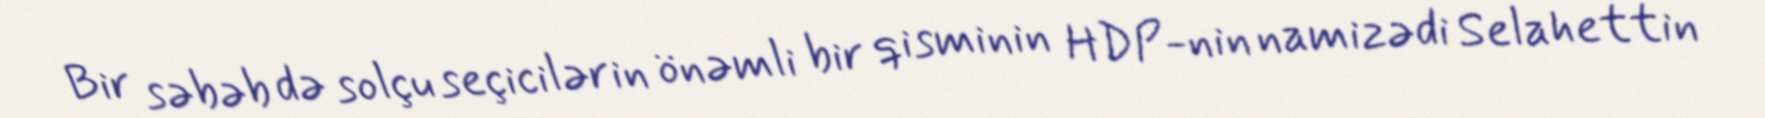
Bir səbəb də solçu seçicilərin önəmli bir qisminin HDP-nin namizədi Selahettin